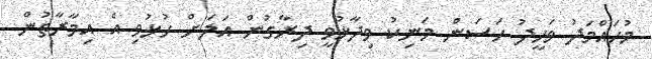
މުހައްމަދު ވަހީދު ހަސަން މަނިކު ވިދާޅުވީ ދިރާގުން އަލަށް ހުޅުވި އެ އިމާރާތުން